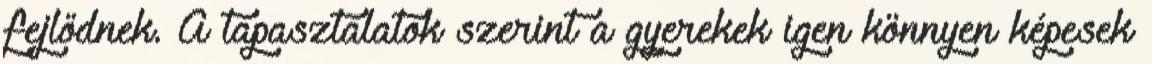
fejlődnek. A tapasztalatok szerint a gyerekek igen könnyen képesek